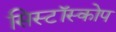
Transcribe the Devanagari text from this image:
सिस्टॉस्कोप